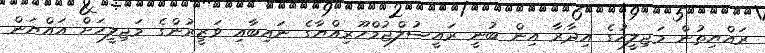
ރައްޔިތުން މަޖިލީހުގެ އިދާރާ އިން ބުނީ ރައީސުލްޖުމްހޫރިއްޔާގެ ނައިބާއި ވަޒީރުންގެ މަޖިލީހަށް އައްޔަން